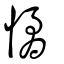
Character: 憰